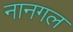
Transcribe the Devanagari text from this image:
नानगल